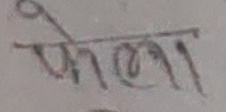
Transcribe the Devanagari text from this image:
फेला